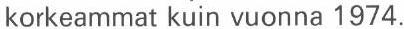
korkeammat kuin vuonna 1974